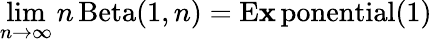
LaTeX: \operatorname*{lim}_{n\to\infty}n\operatorname{Beta}(1,n)=\operatorname{E\mathbf{x}ponential}(1)